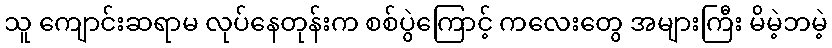
သူ ကျောင်းဆရာမ လုပ်နေတုန်းက စစ်ပွဲကြောင့် ကလေးတွေ အများကြီး မိမဲ့ဘမဲ့